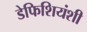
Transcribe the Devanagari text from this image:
डेफिशियंशी